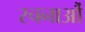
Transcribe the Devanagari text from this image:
रचनाऔं